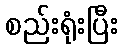
စည်းရုံးပြီး